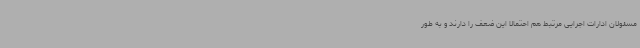
مسئولان ادارات اجرایی مرتبط هم احتمالاً این ضعف را دارند و به طور